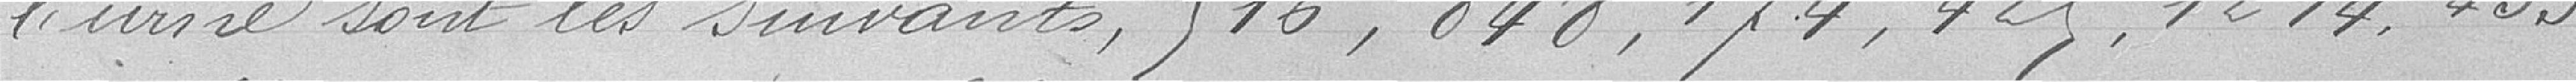
l'urne sont le suivants : 516, 848, 174, 429, 1214, 433,